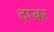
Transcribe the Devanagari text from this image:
दम्बर